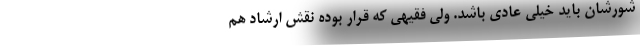
شورشان باید خیلی عادی‌ باشد. ولیِ فقیهی که قرار بوده نقش ارشاد هم